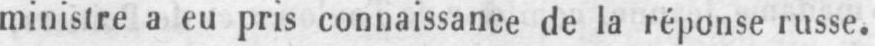
ministre a eu pris connaissance de la réponse russe.